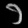
Digit: ၁